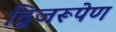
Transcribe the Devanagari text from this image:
द्विजरूपेण